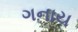
ગનાય